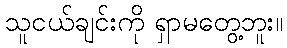
သူငယ်ချင်းကို ရှာမတွေ့ဘူး။